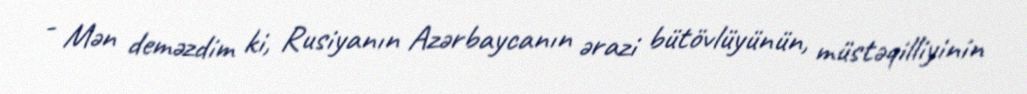
- Mən deməzdim ki, Rusiyanın Azərbaycanın ərazi bütövlüyünün, müstəqilliyinin